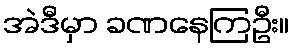
အဲဒီမှာ ခဏနေကြဦး။